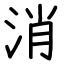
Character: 消